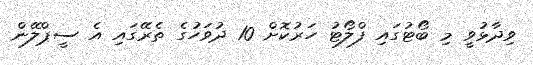
ވިދާޅުވީ މި ބޯޓުގައި ފްލޯޓު ހަރުކޮށް 10 ދުވަހުގެ ތެރޭގައި އެ ސީޕްލޭން